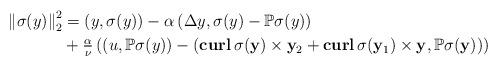
LaTeX: \begin{align*}\left\| \sigma(y)\right\|_2^2&=\left(y, \sigma(y)\right)-\alpha\left(\Delta y, \sigma(y)-\mathbb{P} \sigma(y)\right)\\&+\tfrac{\alpha}{\nu}\left(\left(u,\mathbb{P} \sigma(y)\right)-\left(\mathbf{curl}\,\sigma(\mathbf y)\times \mathbf y_2+\mathbf{curl}\, \sigma(\mathbf y_1)\times \mathbf y,\mathbb{P} \sigma(\mathbf y)\right)\right) \end{align*}